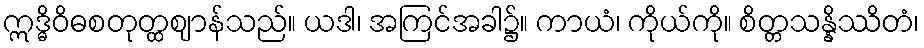
ဣဒ္ဓိဝိဓစတုတ္ထဈာန်သည်။ ယဒါ၊ အကြင်အခါ၌။ ကာယံ၊ ကိုယ်ကို။ စိတ္တသန္နိဿိတံ၊